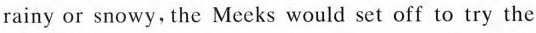
rainy or snowy,the Meeks would set off to try the